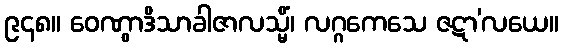
၉၄၈။ ဝေဏွာဒိသာခါဇာလသ္မိံ၊ လဂ္ဂကေသေ ဇဋာ’လယေ။